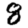
Digit: 8